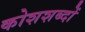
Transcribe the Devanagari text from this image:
कोशशब्दों